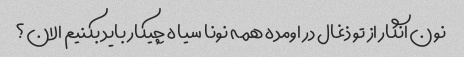
نون انگار از تو ذغال در اومده همه نونا سیاه چیکار باید بکنیم الان؟